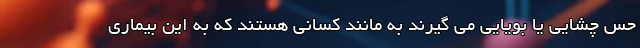
حس چشایی یا بویایی می گیرند به مانند کسانی هستند که به این بیماری